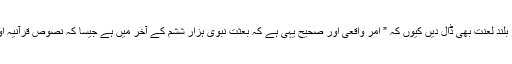
اور اگر کر لیں تو پھر مرزا پر با آواز بلند لعنت بھی ڈال دیں کیوں کہ ” امر واقعی اور صحیح یہی ہے کہ بعثتِ نبوی ہزار ششم کے آخر میں ہے جیسا کہ نصوص قرآنیہ اور حدیثیہ بالاتفاق گواہی دے رہی ہیں۔